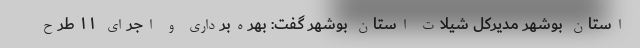
استان بوشهر مدیرکل شیلات استان بوشهر گفت: بهره‌برداری و اجرای ۱۱ طرح